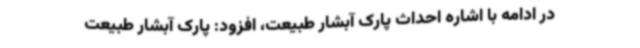
در ادامه با اشاره احداث پارک آبشار طبیعت، افزود: پارک آبشار طبیعت